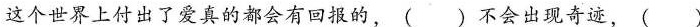
这个世界上付出了爱真的都会有回报的，( )不会出现奇迹，( )